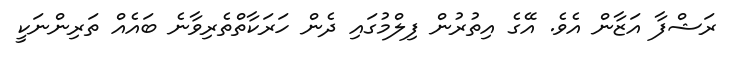
ރަޝްފާ އަޒާން އެވެ. އޭގެ އިތުރުން ފިލްމުގައި ދެން ހަރަކާތްތެރިވާނެ ބައެއް ތަރިންނަކީ